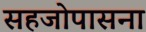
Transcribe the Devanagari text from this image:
सहजोपासना